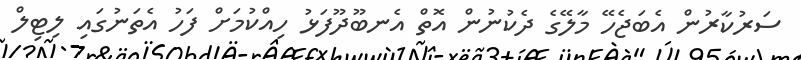
ސަރުކާރުން އެބަޖެހޭ މާލޭގެ ދެކުނުން އޮތް އެނބޫދޫފަޅު ހިއްކުމަށް ފަހު އެތަނުގައި ލިޓިލް